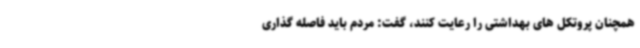
همچنان پروتکل های بهداشتی را رعایت کنند، گفت: مردم باید فاصله گذاری